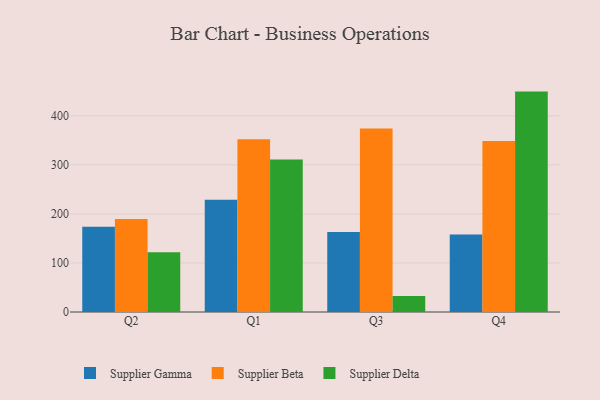
{"axis": {"x": "Quarter", "y": "Conversion Rate (%)"}, "legend": ["Supplier Beta", "Supplier Delta", "Supplier Gamma"], "data": [{"x": "Q2", "y": 173.6, "type": "Supplier Gamma"}, {"x": "Q2", "y": 189.6, "type": "Supplier Beta"}, {"x": "Q2", "y": 121.8, "type": "Supplier Delta"}, {"x": "Q1", "y": 229.0, "type": "Supplier Gamma"}, {"x": "Q1", "y": 352.0, "type": "Supplier Beta"}, {"x": "Q1", "y": 311.1, "type": "Supplier Delta"}, {"x": "Q3", "y": 163.2, "type": "Supplier Gamma"}, {"x": "Q3", "y": 374.3, "type": "Supplier Beta"}, {"x": "Q3", "y": 32.5, "type": "Supplier Delta"}, {"x": "Q4", "y": 158.0, "type": "Supplier Gamma"}, {"x": "Q4", "y": 348.5, "type": "Supplier Beta"}, {"x": "Q4", "y": 449.4, "type": "Supplier Delta"}]}